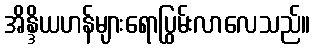
အိန္ဒိယဟန်များရောပြွမ်းလာလေသည်။